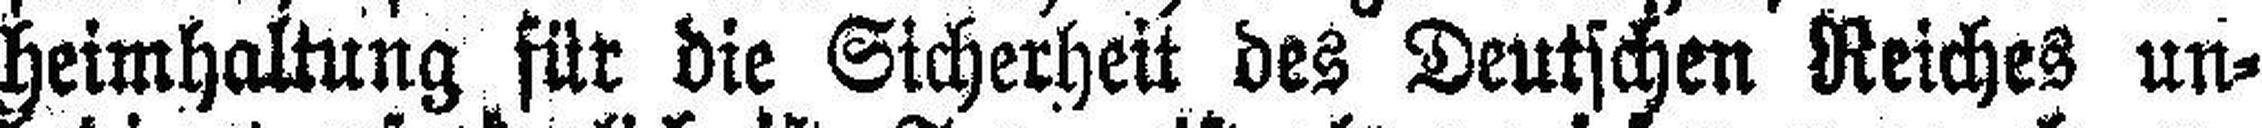
heimhaltung für die Sicherheit des Deutschen Reiches un¬